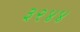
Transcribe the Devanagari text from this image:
३२४४